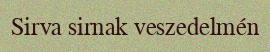
Sirva sirnak veszedelmén